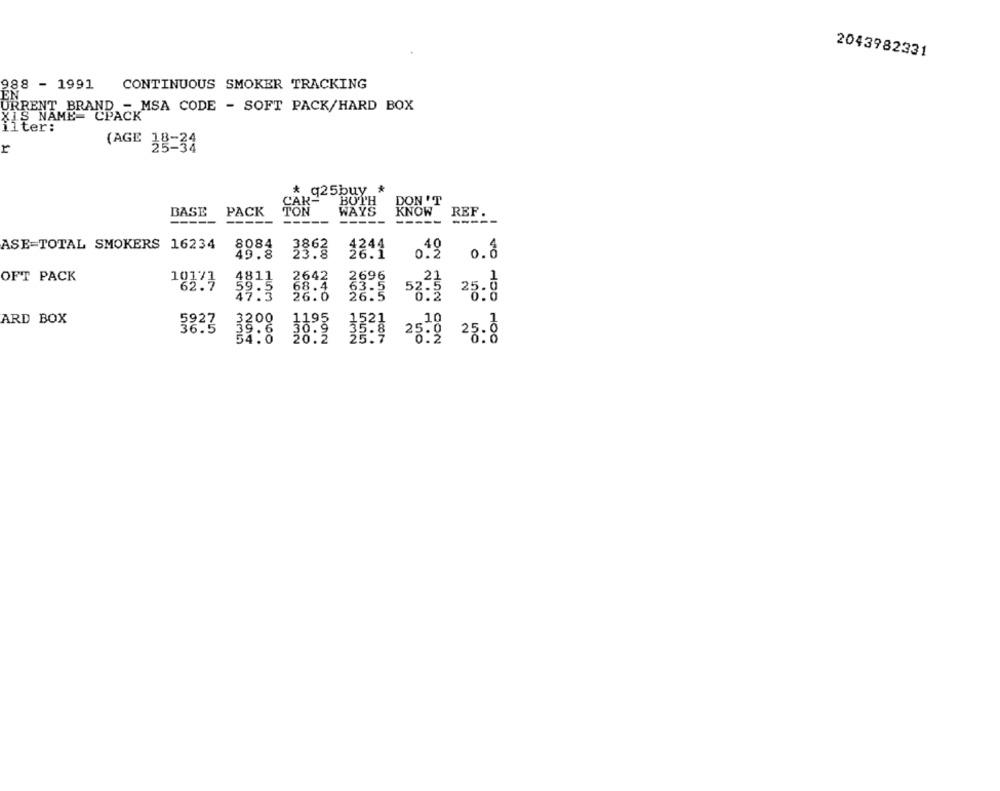
2043982331
988 - 1991
CONTINUOUS SMOKER TRACKING
EN
URRENT BRAND - MSA CODE - SOFT PACK/HARD BOX
XIS NAME= CPACK
ilter:
r
(AGE 38-34
* q25buy #
CAK-
BOTH
DON'T
BASE
PACK
WAYS
KNOW
REF.
---
-----
-----
-----
-----
ASE=TOTAL SMOKERS 16234
8084
3862
4244
0.49
49.8
o.8
OFT PACK
4811
101
2642
2696
62.7
68.4
26.0
26.5
52.3 25:8
ARD BOX
38.5
3200
3321
$823 1824 2819 28:8